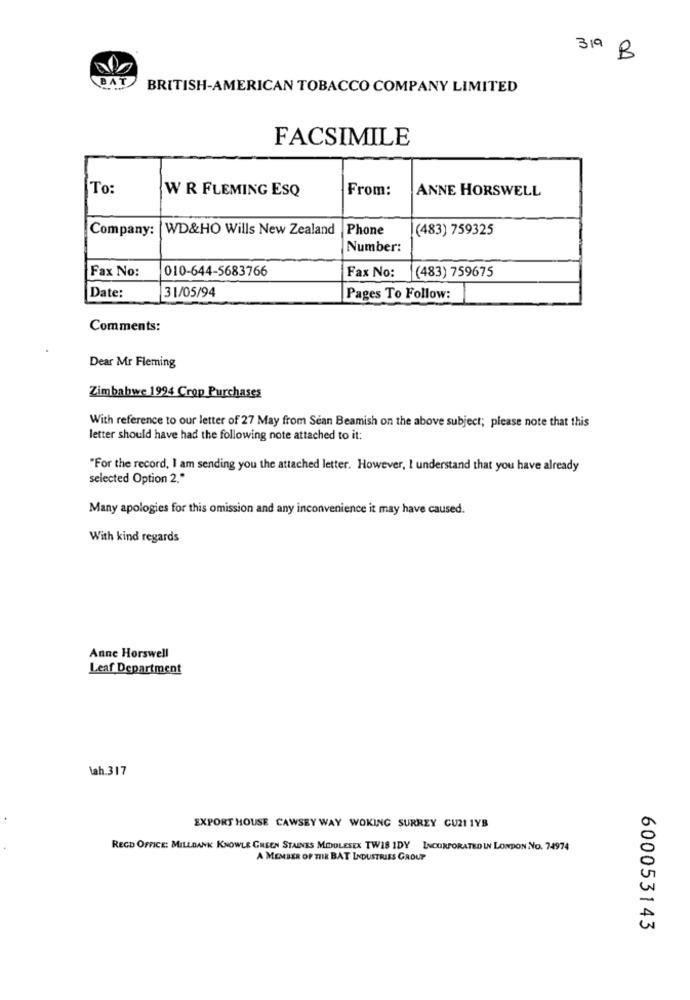
319 B
BAT
BRITISH-AMERICAN TOBACCO COMPANY LIMITED
FACSIMILE
To:
WR FLEMING ESQ
From:
ANNE HORSWELL
Company:
WD&HO Wills New Zealand
Phone
(483) 759325
Number:
Fax No:
010-644-5683766
Fax No:
(483) 759675
31/05/94
Date:
Pages To Follow:
Comments:
Dear Mr Fleming
Zimbabwe 1994 Crop Purchases
With reference to our letter of 27 May from Sean Beamish on the above subject; please note that this
letter should have had the following note attached to it:
"For the record, I am sending you the attached letter. However, I understand that you have already
selected Option 2."
Many apologies for this omission and any inconvenience it may have caused.
With kind regards
Anne Horswell
Leaf Department
lah.317
EXPORT HOUSE CAWSEY WAY WOKING SURREY CU21 1YB
REGD OFFICE: MILLDANK KNOWLE GREEN STAINES MODOLESEX TWIS IDY INCORPORATED IN LONDON NO. 74974
A MEMBER OF THE BAT INDUSTRIES GROUP
600053143